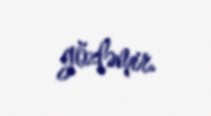
gözləmir.